Vaccination United Provinces of Agra and Oudh 1923-1928 - 1923-1928
Year: 1923
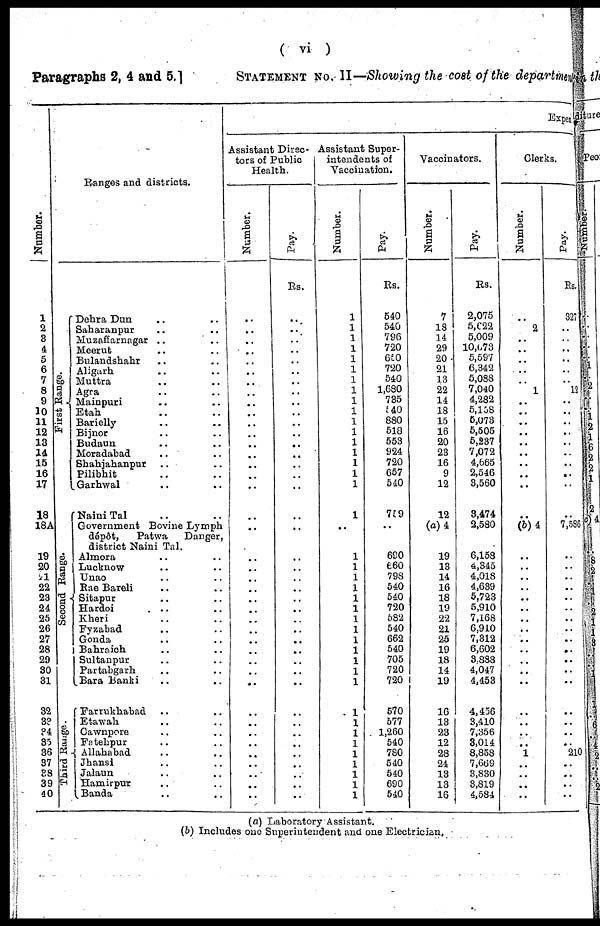
( vi )
Paragraphs 2, 4 and 5.]
STATEMENT No. II—Showing the cost of the department
Number.
1
2
3
4
5
6
7
8
9
10
11
12
13
14
15
16
17
18
18A
19
20
21
22
23
24
25
26
27
28
29
30
31
32
33
34
35
36
37
38
39
40
Ranges and districts.
Fi r st Range.
Second Range.
Third Range.
Dehra Dun .. ..
Saharanpur .. ..
Muzaffarnagar .. ..
Meerut .. ..
Bulandshahr .. ..
Aligarh .. ..
Muttra .. ..
Agra .. ..
Mainpuri .. ..
Etah .. ..
Barielly .. ..
Bijnor .. ..
Budaun .. ..
Moradabad .. ..
Shahjahanpur .. ..
Pilibhit .. ..
Garhwal .. ..
Naini Tal .. ..
Government Bovine Lymph
dépôt,
Patwa
Danger,
district Naini Tal.
Almora .. ..
Lucknow .. ..
Unao .. ..
Rae Bareli .. ..
Sitapur .. ..
Hardoi .. ..
Kheri .. ..
Fyzabad .. ..
Gonda .. ..
Bahraich .. ..
Sultanpur .. ..
Partabgarh .. ..
Bara Banki .. ..
Farrukhabad .. ..
Etawah .. ..
Cawnpore .. ..
Fatehpur .. ..
Allahabad .. ..
Jhansi .. ..
Jalaun .. ..
Hamirpur .. ..
Banda .. ..
Expen
Assistant Direc-
tors of Public
Health.
Number.
..
..
.. ..
..
..
..
..
..
..
..
..
..
..
..
..
..
..
..
..
..
..
..
..
..
..
..
..
..
..
..
..
..
..
..
..
..
..
..
..
Pay.
Rs.
..
..
.. ..
..
..
.. ..
..
..
..
..
..
..
..
..
..
..
..
..
..
..
..
..
..
..
..
..
..
..
..
..
..
..
..
..
..
..
..
..
Assistant Super-
intendents of
Vaccination.
Number.
1
1
1
1
1
1
1
1
1
1
1
1
1
1
1
1
1
1
..
..
1
1
1
1
1
1
1
1
1
1
1
1
1
1
1
1
1
1
1
1
1
Pay.
Rs.
540
540
796
720
650
720
540
1,680
735
140
880
518
553
924
720
657
540
759
..
690
660
798
540
540
720
582
540
662
540
705
720
720
570
577
1,260
540
780
540
540
690
540
Vaccinators.
Number.
7
18
14
29
20
21
13
22
14
18
15
16
20
23
16
9
12
12
(a)4
19
13
14
16
18
19
22
21
25
19
18
14
19
16
13
23
12
28
24
13
13
16
Pay.
Rs.
2,075
5,022
5,009
10,073
5,597
6,342
5,088
7,040
4,282
5,108
5,073
5,505
5,237
7,072
4,665
2,546
3,560
3,474
2,580
6,158
4,345
4,018
4,639
5,723
5,910
7,168
6,910
7,312
6,602
3,888
4,047
4,453
4,456
3,410
7,356
3,014
8,858
7,669
3,830
3,819
4,584
Clerks.
Number.
..
2
..
..
..
..
..
1
..
..
..
..
..
..
..
..
..
..
(b) 4
..
..
..
..
..
..
..
..
..
..
..
..
..
..
..
..
..
1
..
..
..
..
Pay.
327
..
.. ..
..
..
..
l2
..
..
..
..
..
..
..
..
..
..
7,586
..
..
..
..
..
..
..
..
..
..
.. ..
..
..
..
..
.. 210
..
..
..
..
(a) Laboratory Assistant.
(b) Includes one Superintendent and one Electrician.